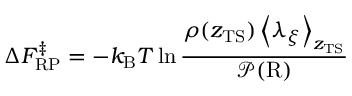
\Delta F _ { \mathrm { R P } } ^ { \ddagger } = - k _ { \mathrm { B } } T \ln \frac { \rho ( z _ { \mathrm { T S } } ) \left< \lambda _ { \xi } \right> _ { z _ { \mathrm { T S } } } } { \mathcal { P } ( \mathrm { R } ) }